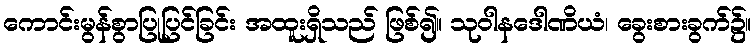
ကောင်းမွန်စွာပြုပြင်ခြင်း အထူးရှိသည် ဖြစ်၍။ သုဝါနဒေါဏိယံ၊ ခွေးစားခွက်၌။